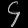
Digit: ၄